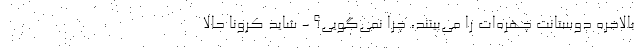
بالاخره دوستانت چهره‌ات را می‌بینند، چرا نمی‌گویی؟ - شاید کرونا حالا